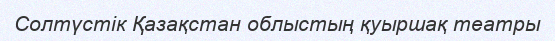
Солтүстік Қазақстан облыстың қуыршақ театры